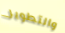
والتطوير